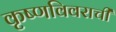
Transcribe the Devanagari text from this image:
कृष्णविवराची